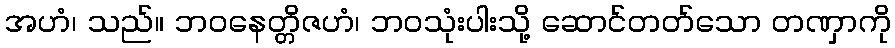
အဟံ၊ သည်။ ဘဝနေတ္တိဇဟံ၊ ဘဝသုံးပါးသို့ ဆောင်တတ်သော တဏှာကို